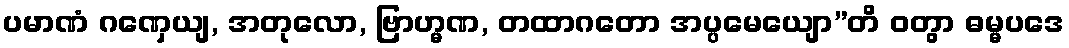
ပမာဏံ ဂဏှေယျ, အတုလော, ဗြာဟ္မဏ, တထာဂတော အပ္ပမေယျော”တိ ဝတွာ ဓမ္မပဒေ